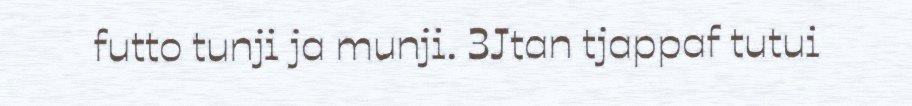
futto tunji ja munji. 3Jtan tjappaf tutui